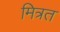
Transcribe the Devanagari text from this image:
मित्रत